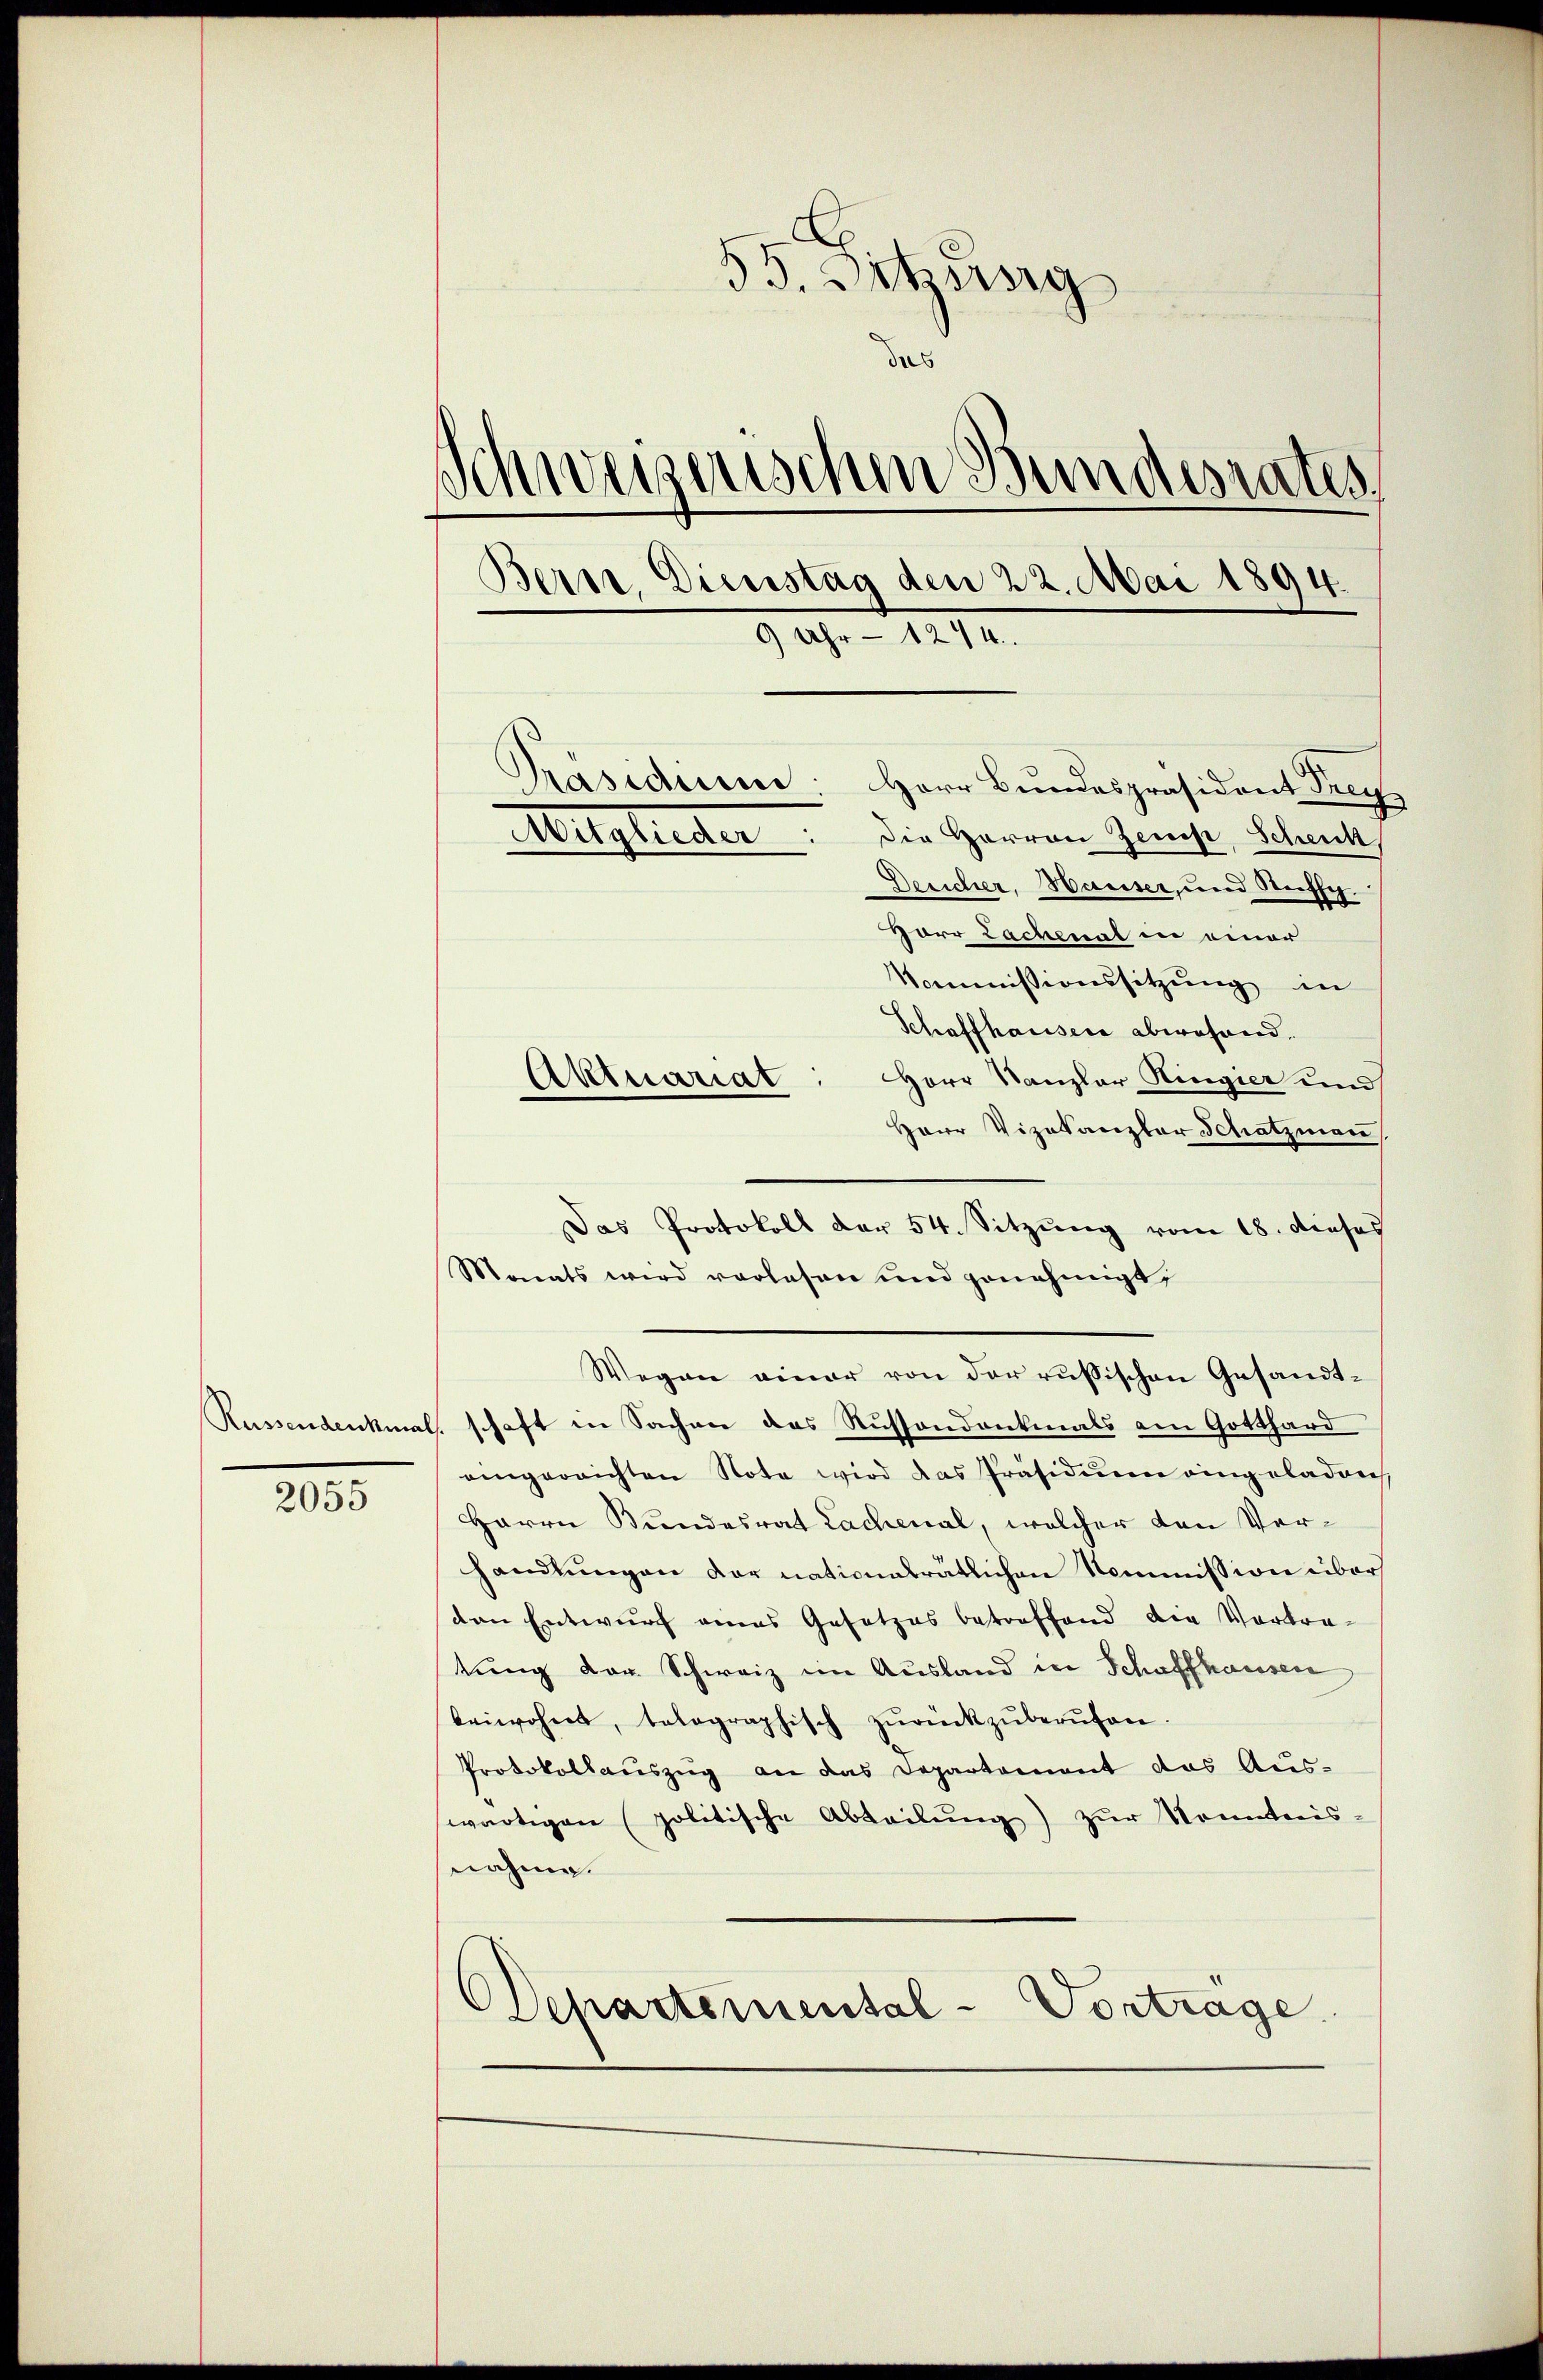
2055

55. Sitzberg
6
Schweizerischen Bundesrates,
Bern. Dienstag den 22. Mai 1894.
9 Uhr - 1244.
Präsidiu
Herr Bundespräsident Frey
Die Herren Zemp, Schenk
Mitglieder
Desicher, Hauser, und Steffe

Horr Lachenal in einer
Kommissionssitzung in
Schaffhausere abwesend.
Herr Kanzler Hingier und
Herr Vizekanzler Schatzmann,
Das Protokoll der 54. Sitzŭng vom 18. dieses
Monats wird vorlesen und genehmigt,
Wegen einer von der russischen Gesandt¬
Russendenkmal, schaft in Sachen das Russendenkmals am Gotthard
eingerrichten Note wird das Präsidiŭm eingeladen,
Herrn Bundesrat Lachenal, welcher den Verhandlungen der nationalrätlichen Kommission über
den Entwurf eines Gesetzes betreffend die Vortretŭng der Schweiz ein Ausland in Schaffhausen
beiwohnt, talographisch zŭrückzŭberŭfen.
Protokollauszug an das Departement das Aus-
wärtigen (politische Abteilŭng zŭr Kenntnis-
nahme.
Departemental-Vortrage

Aktuariat